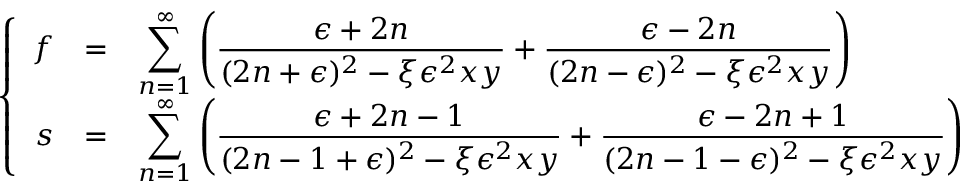
\left\{ \begin{array} { r c l } { { f } } & { { = } } & { { \displaystyle \sum _ { n = 1 } ^ { \infty } \left( \frac { \epsilon + 2 n } { ( 2 n + \epsilon ) ^ { 2 } - \xi \epsilon ^ { 2 } x y } + \frac { \epsilon - 2 n } { ( 2 n - \epsilon ) ^ { 2 } - \xi \epsilon ^ { 2 } x y } \right) } } \\ { { s } } & { { = } } & { { \displaystyle \sum _ { n = 1 } ^ { \infty } \left( \frac { \epsilon + 2 n - 1 } { ( 2 n - 1 + \epsilon ) ^ { 2 } - \xi \epsilon ^ { 2 } x y } + \frac { \epsilon - 2 n + 1 } { ( 2 n - 1 - \epsilon ) ^ { 2 } - \xi \epsilon ^ { 2 } x y } \right) } } \end{array} \right.